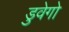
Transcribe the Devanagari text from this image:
डुवेगो